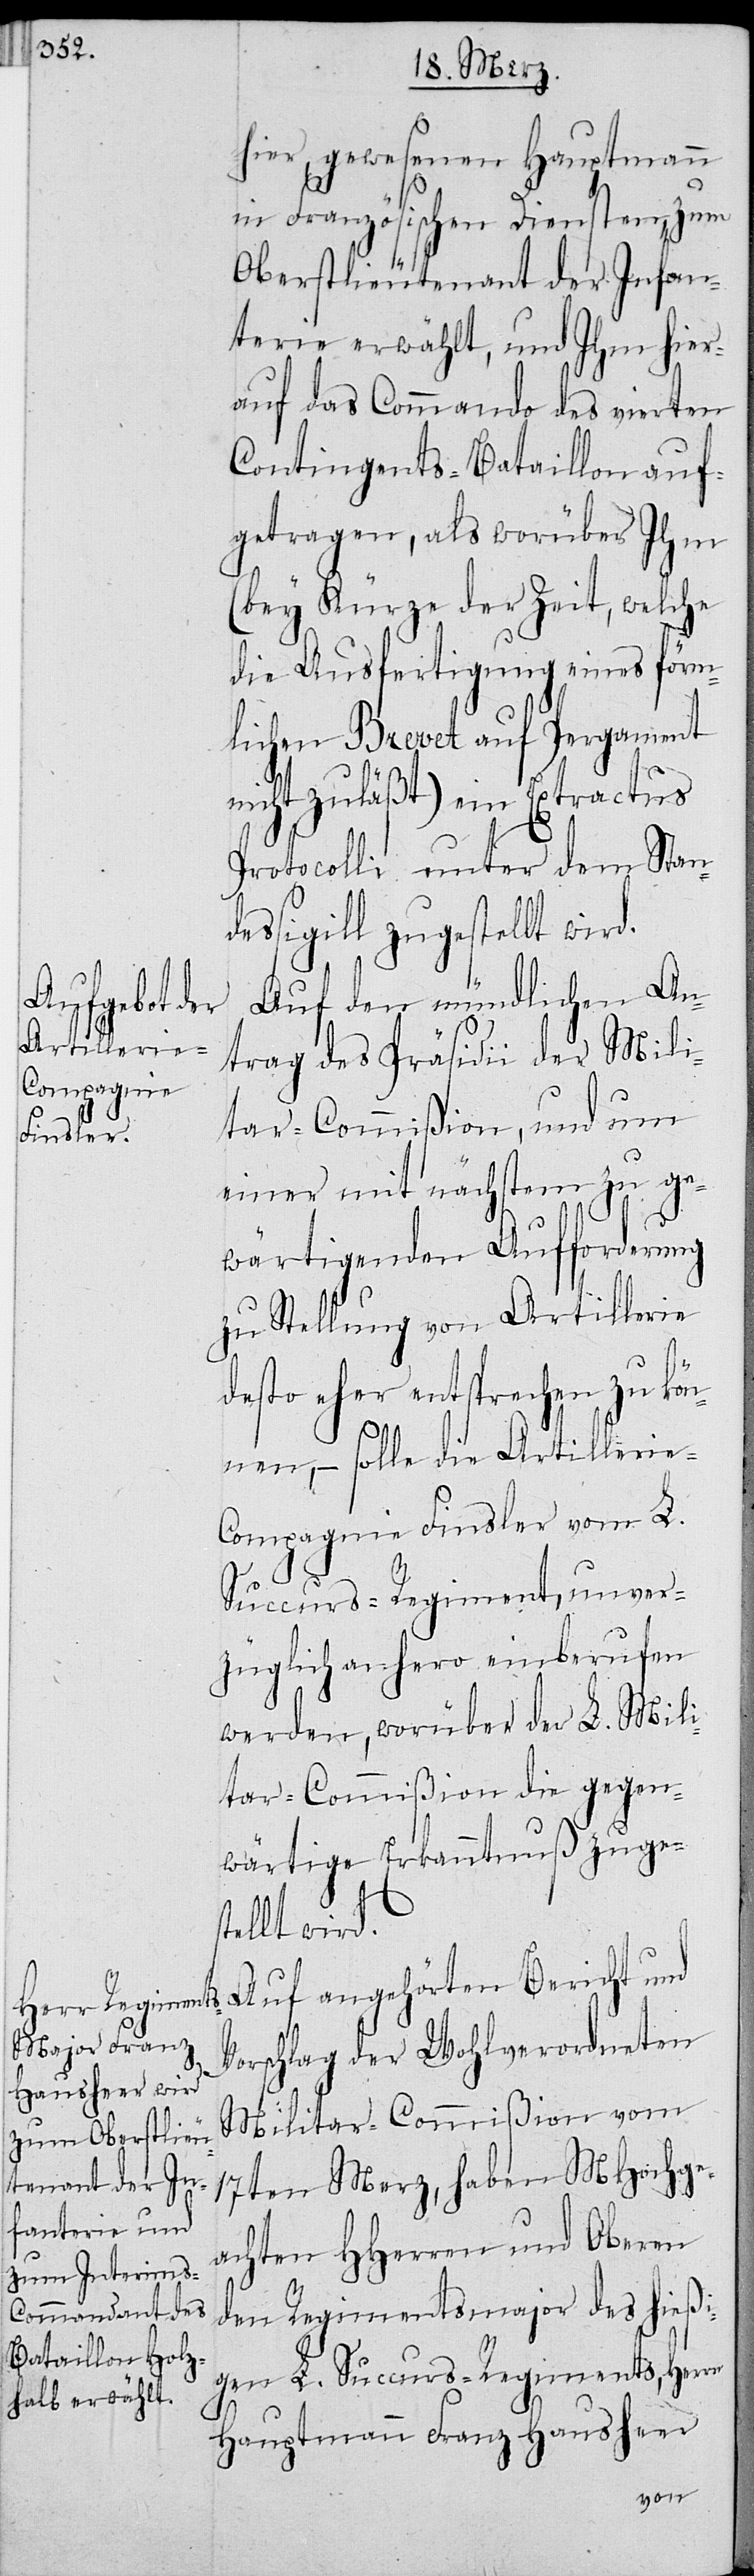
hier, gewesenen Hauptmann
in Französischen Diensten, zum
Oberstlieutenant der Infan¬
terie erwählt, und Ihm hier¬
auf das Commando des vierten
Contingents-Bataillon auf¬
getragen, als worüber Ihm
(bey Kürze der Zeit, welche
die Ausfertigung eines förm¬
lichen Brevet auf Pergament
nicht zuläßt) ein Extractus
Protocolli unter dem Stan¬
dessigill zugestellt wird.
Auf den mündlichen An¬
trag des Präsidii der Mili¬
tar-Commißion, und um
einer mit nächstem zu ge¬
wärtigenden Aufforderung
zu Stellung von Artillerie
desto eher entsprechen zu kön¬
nen, – solle die Artilleri¬
e-Compagnie Finsler vom L.
Succurs-Regiment, unver¬
züglich anhero einberufen
werden, worüber der L. Mili¬
tar-Commißion die gegen¬
wärtige Erkanntnuß zuges¬
tellt wird.
Auf angehörten Bericht und
Vorschlag der Wohlverordneten
Militar-Commißion vom
17ten Merz, haben MHochge¬
achten HHerren und Oberen
den Regimentsmajor des hießi¬
gen L. Succurs-Regiments, Herrn
Hauptmann Franz Hausheer